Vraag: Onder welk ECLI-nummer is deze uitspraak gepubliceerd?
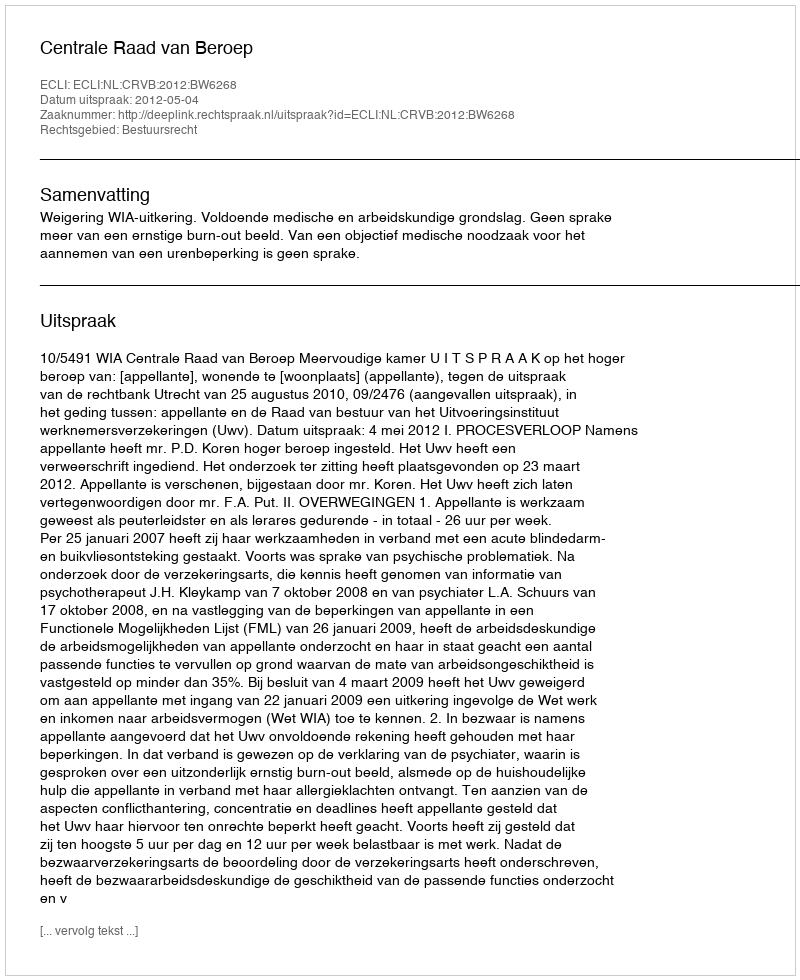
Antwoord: ECLI:NL:CRVB:2012:BW6268